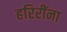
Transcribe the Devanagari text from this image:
हरिरींना